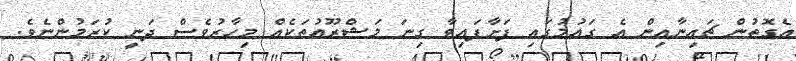
އެގޮތުން ޗައިނާއިން އެ ގައުމުގައި ފަށާފައިވާ ގިނަ މަޝްރޫއުތަކެއް މިހާރުވެސް ދަނީ ކުރަމުންނެވެ.